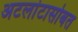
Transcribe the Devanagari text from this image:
अटलांटासोबत